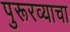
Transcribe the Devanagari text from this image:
पुरूरव्याचा